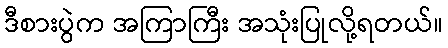
ဒီစားပွဲက အကြာကြီး အသုံးပြုလို့ရတယ်။